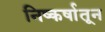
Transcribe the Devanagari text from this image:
निष्कर्षातून